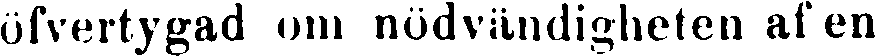
öfvertygad om nödvändigheten af en